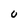
Character: U